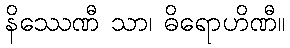
နိဿေဏီ သာ၊ ဓိရောဟိဏီ။